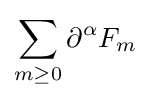
\sum _{m\geq 0}\partial ^{\alpha }F_{m}